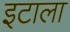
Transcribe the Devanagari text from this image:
इटाला